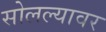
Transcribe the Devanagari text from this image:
सोलल्यावर